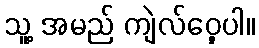
သူ့ အမည် ကျဲလ်ဝှေ့ပါ။